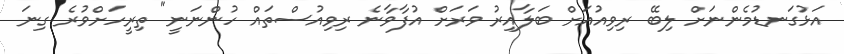
އަޅުގަނޑުމެންނަށް ލިބޭ ރިވިއުއަށް ބަލާއިރު ވަރަށް އުފާވާނެ ރިވިއުސްތައް ހުންނަނީ" ތިރީހަށްވުރެ ގިނަ